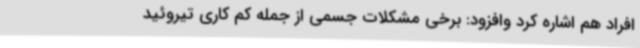
افراد هم اشاره کرد وافزود: برخی مشکلات جسمی از جمله کم کاری تیروئید